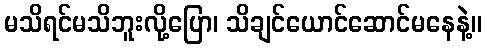
မသိရင်မသိဘူးလို့ပြော၊ သိချင်ယောင်ဆောင်မနေနဲ့။